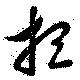
想